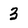
Character: 3